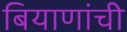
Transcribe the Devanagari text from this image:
बियाणांची